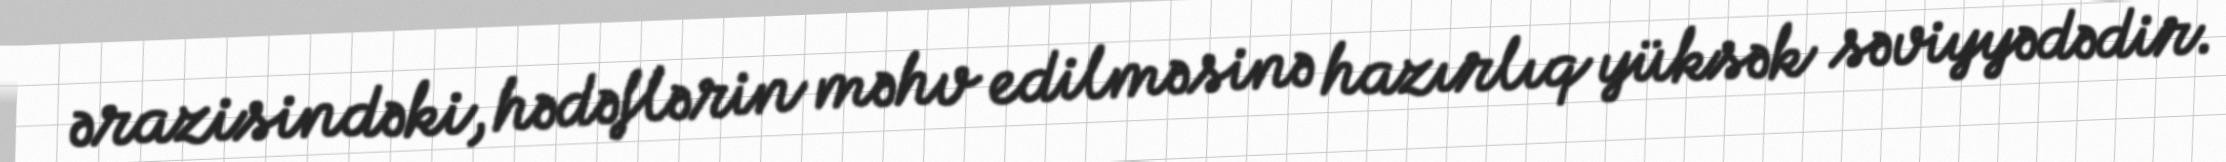
ərazisindəki, hədəflərin məhv edilməsinə hazırlıq yüksək səviyyədədir.